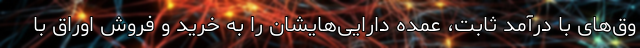
وق‌های با درآمد ثابت، عمده دارایی‌هایشان را به خرید و فروش اوراق با